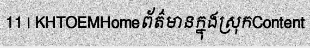
11 | KHTOEMHomeព័ត៌មានក្នុងស្រុកContent